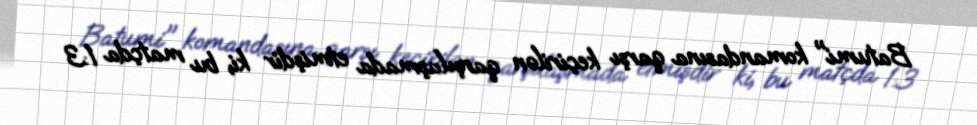
Batumi" komandasına qarşı keçirilən qarşılaşmada etmişdir ki, bu matçda 1:3